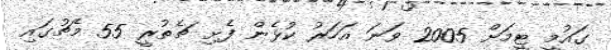
ގައުމީ ޓީމަށް 2005 ވަނަ އަހަރު ކުޅެން ފެށި ޗެތުރީ 55 މެޗުގައި